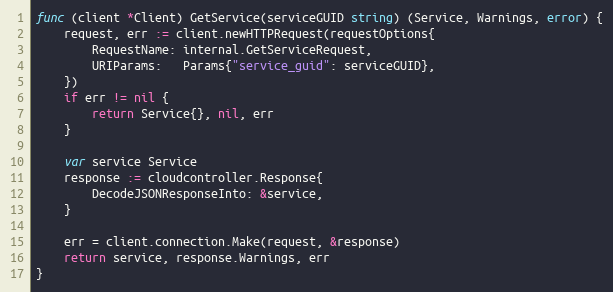
Language: Go
func (client *Client) GetService(serviceGUID string) (Service, Warnings, error) {
	request, err := client.newHTTPRequest(requestOptions{
		RequestName: internal.GetServiceRequest,
		URIParams:   Params{"service_guid": serviceGUID},
	})
	if err != nil {
		return Service{}, nil, err
	}

	var service Service
	response := cloudcontroller.Response{
		DecodeJSONResponseInto: &service,
	}

	err = client.connection.Make(request, &response)
	return service, response.Warnings, err
}